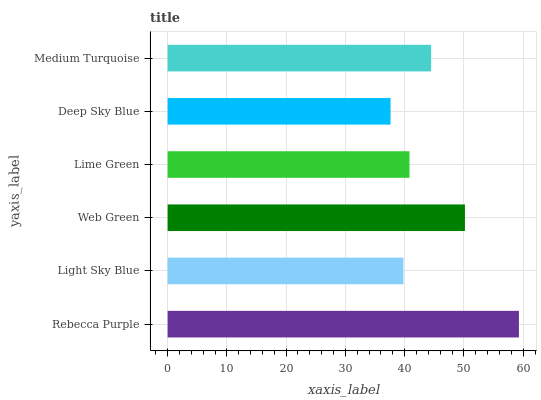
| yaxis_label | bars |
 | --- | --- |
 | Rebecca Purple | 59.3 |
 | Light Sky Blue | 39.8 |
 | Web Green | 50.2 |
 | Lime Green | 40.8 |
 | Deep Sky Blue | 37.6 |
 | Medium Turquoise | 44.5 |